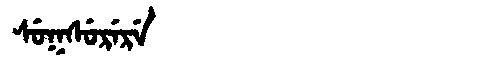
Manchu: ᠰᡠᡴᠰᡠᡵᡝᡵᡝ
Romanization: SUKSURERE